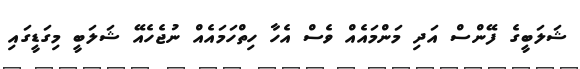
ޝަލަބީގެ ފޭންސް އަދި މަންމައެއް ވެސް އެހާ ހިތްހަމައެއް ނުޖެހެއޭ ޝަލަބީ މިގަޑީގައި